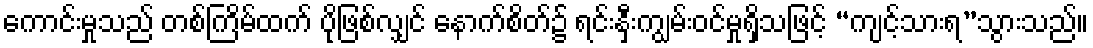
ကောင်းမှုသည် တစ်ကြိမ်ထက် ပိုဖြစ်လျှင် နောက်စိတ်၌ ရင်းနှီးကျွမ်းဝင်မှုရှိသဖြင့် “ကျင့်သားရ”သွားသည်။